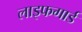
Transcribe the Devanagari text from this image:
लाइफगार्ड